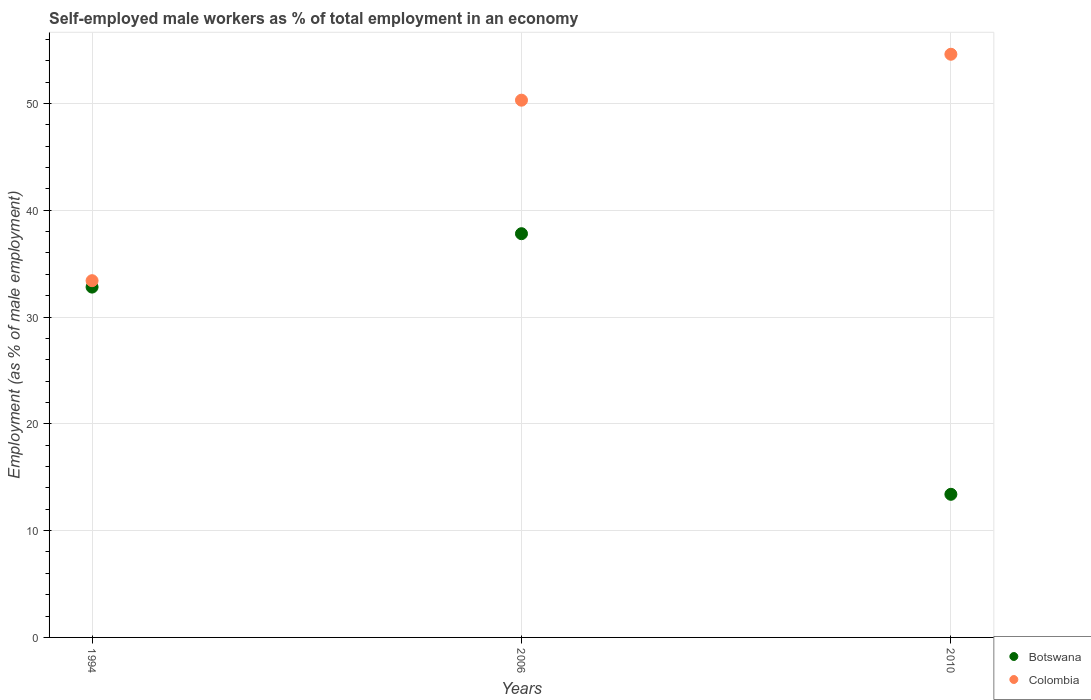
| Years | Botswana | Colombia |
 | --- | --- | --- |
 | 1994 | 32.8 | 33.4 |
 | 2006 | 37.8 | 50.3 |
 | 2010 | 13.4 | 54.6 |